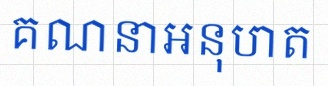
គណនាអនុបាត